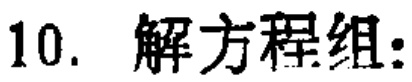
10. 解方程组: